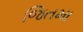
જિતમા